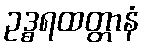
ဥဒ္ဓရထတ္တာနံ